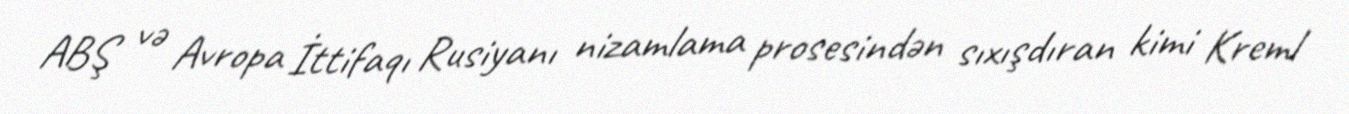
ABŞ və Avropa İttifaqı Rusiyanı nizamlama prosesindən sıxışdıran kimi Kreml